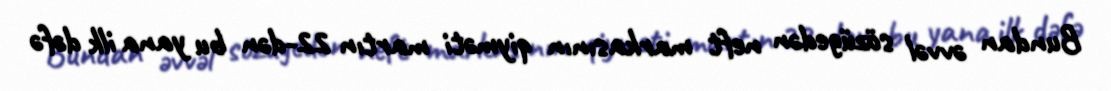
Bundan əvvəl sözügedən neft markasının qiyməti martın 22-dən bu yana ilk dəfə